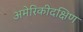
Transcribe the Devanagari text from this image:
अमेरिकीदक्षिण